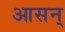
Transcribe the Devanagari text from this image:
आसन्